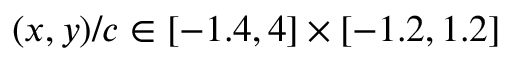
( x , y ) / c \in [ - 1 . 4 , 4 ] \times [ - 1 . 2 , 1 . 2 ]